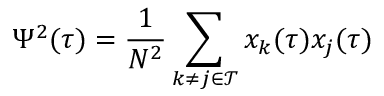
\Psi ^ { 2 } ( \tau ) = \frac { 1 } { N ^ { 2 } } \sum _ { k \neq j \in \mathcal { T } } x _ { k } ( \tau ) x _ { j } ( \tau )